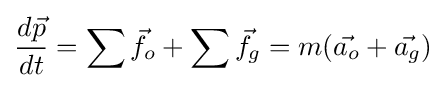
{\frac {d{\vec {p}}}{dt}}=\sum {\vec {f_{o}}}+\sum {\vec {f_{g}}}=m({\vec {a_{o}}}+{\vec {a_{g}}})